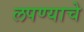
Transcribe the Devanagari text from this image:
लपण्याचे